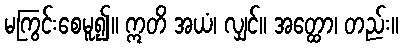
မကြွင်းစေမူ၍။ ဣတိ အယံ၊ လျှင်။ အတ္ထော၊ တည်း။